Lunatic asylums Bombay report 1878-1890 - 1878-1890
Year: 1878
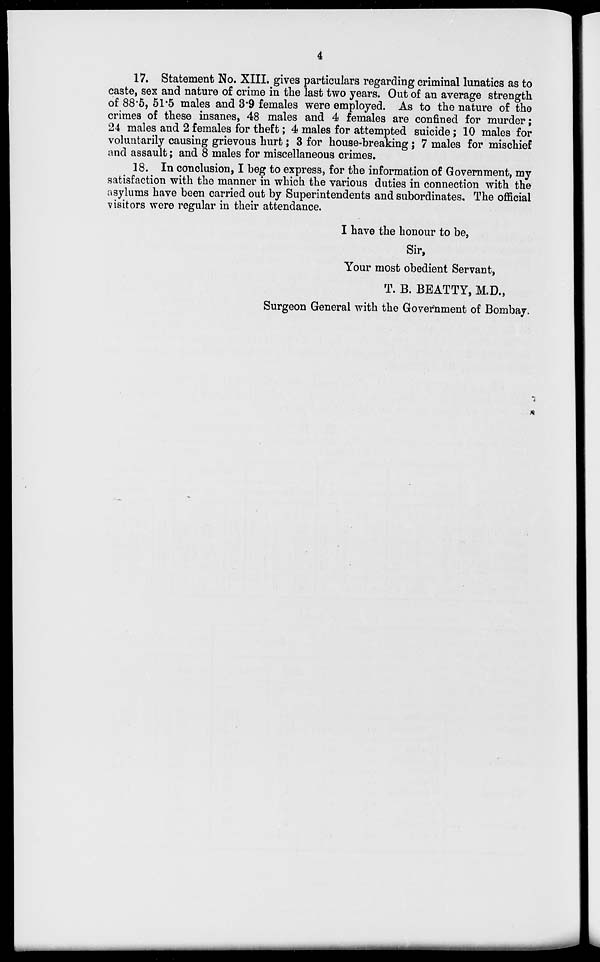
4
17. Statement No. XIII. gives particulars regarding criminal lunatics as to
caste, sex and nature of crime in the last two years. Out of an average strength
of 88.5, 51.5 males and 3.9 females were employed. As to the nature of the
crimes of these insanes, 48 males and 4 females are confined for murder;
24 males and 2 females for theft; 4 males for attempted suicide; 10 males for
voluntarily causing grievous hurt; 3 for house-breaking ; 7 males for mischief
and assault; and 8 males for miscellaneous crimes.
18. In conclusion, I beg to express, for the information of Government, my
satisfaction with the manner in which the various duties in connection with the
asylums have been carried out by Superintendents and subordinates. The official
visitors were regular in their attendance.
I have the honour to be,
Sir,
Your most obedient Servant,
T. B. BEATTY, M.D.,
Surgeon General with the Government of Bombay.